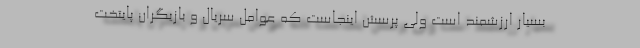
بسیار ارزشمند است ولی پرسش اینجاست که عوامل سریال و بازیگران پایتخت